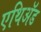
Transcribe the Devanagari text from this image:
एथिॲड